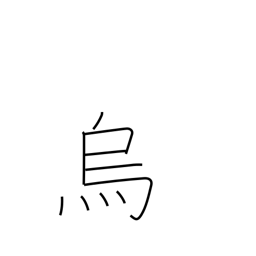
Meaning: raven